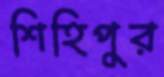
শিহিপুর